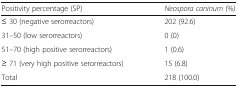
| Positivity percentage (SP) | Neospora caninum (%) |
 | --- | --- |
 | ≤ 30 (negative serorreactors) | 202 (92.6) |
 | 31–50 (low serorreactors) | 0 (0) |
 | 51–70 (high positive serorreactors) | 1 (0.6) |
 | ≥ 71 (very high positive serorreactors) | 15 (6.8) |
 | Total | 218 (100.0) |